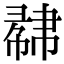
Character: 𢄥